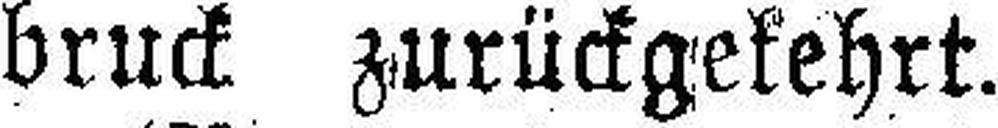
bruck zurückgekehrt.